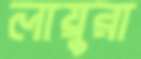
লায়ুরা